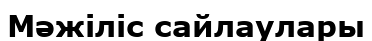
Мәжіліс сайлаулары